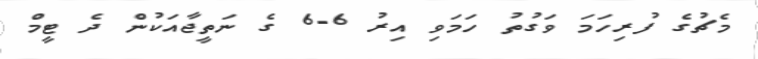
މެޗުގެ ފުރިހަމަ ވަގުތު ހަމަވި އިރު 6-6 ގެ ނަތީޖާއަކުން ދެ ޓީމް